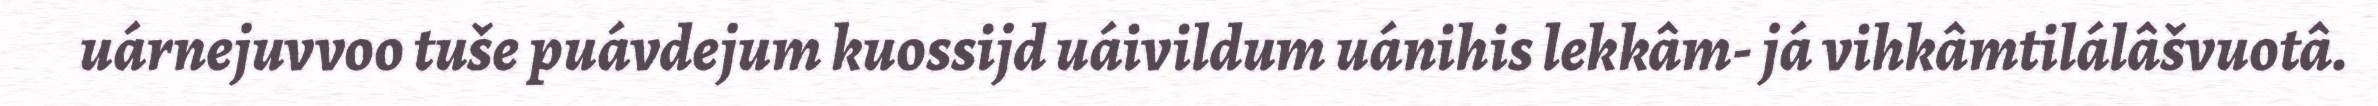
uárnejuvvoo tuše puávdejum kuossijd uáivildum uánihis lekkâm- já vihkâmtilálâšvuotâ.